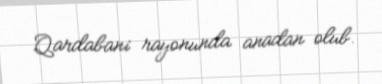
Qardabani rayonunda anadan olub.